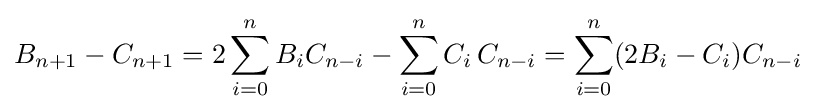
B_{n+1}-C_{n+1}=2\sum _{i=0}^{n}B_{i}C_{n-i}-\sum _{i=0}^{n}C_{i}\,C_{n-i}=\sum _{i=0}^{n}(2B_{i}-C_{i})C_{n-i}